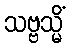
သဗ္ဗသ္မိံ